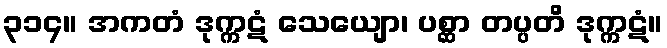
၃၁၄။ အကတံ ဒုက္ကဋံ သေယျော၊ ပစ္ဆာ တပ္ပတိ ဒုက္ကဋံ။